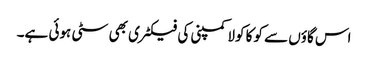
اس گاؤں سے کوکا کولا کمپنی کی فیکٹری بھی سٹی ہوئی ہے۔